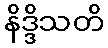
နိဒ္ဒိသတိ